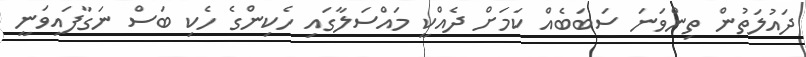
ދައުލަތުން ތިންވަނަ ސަބަބެއް ކަމަށް ދެއްކީ މައްސަލާގައި ހެކިންގެ ހެކި ބަސް ނަގާފައިވަނީ